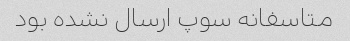
متاسفانه سوپ ارسال نشده بود